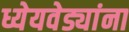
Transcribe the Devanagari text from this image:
ध्येयवेड्यांना